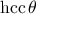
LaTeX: \operatorname { h c c } \theta